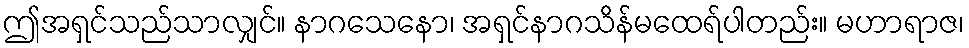
ဤအရှင်သည်သာလျှင်။ နာဂသေနော၊ အရှင်နာဂသိန်မထေရ်ပါတည်း။ မဟာရာဇ၊